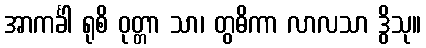
အာကင်္ခါ ရုစိ ဝုတ္တာ သာ၊ တွဓိကာ လာလသာ ဒွိသု။